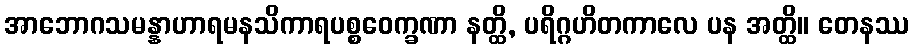
အာဘောဂသမန္နာဟာရမနသိကာရပစ္စဝေက္ခဏာ နတ္ထိ, ပရိဂ္ဂဟိတကာလေ ပန အတ္ထိ။ တေနဿ